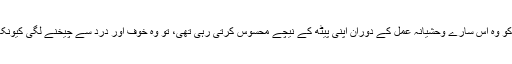
نگہت نے اپنے سوتے ہوئے بیٹے کو اٹھایا جس کو وہ اس سارے وحشیانہ عمل کے دوران اپنی پیٹھ کے نیچے محسوس کرتی رہی تھی، تو وہ خوف اور درد سے چیخنے لگی کیونکہ اس کا بیٹا ہمیشہ کی لیے گہری نیند سوچکا تھا۔